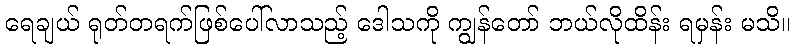
ရေချယ် ရုတ်တရက်ဖြစ်ပေါ်လာသည့် ဒေါသကို ကျွန်တော် ဘယ်လိုထိန်း ရမှန်း မသိ။